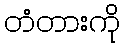
တံတားကို